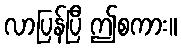
လာပြန်ပြီ ဤစကား။